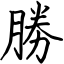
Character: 勝